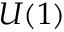
U ( 1 )